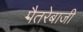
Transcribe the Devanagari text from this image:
पैतरेबाजी